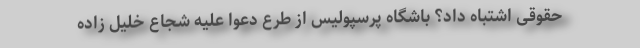
حقوقی اشتباه داد؟ باشگاه پرسپولیس از طرع دعوا علیه شجاع خلیل زاده